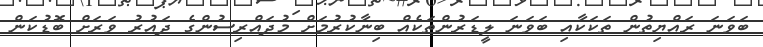
ބަވަނަ ރައްޔިތުން ތަކަކާއި ބަވަނަ ލީޑަރުންތަކެއް ބިނާކުރުމަށް މުދައްރިސުންގެ ދައުރު ވަރަށް ބޮޑުކަން